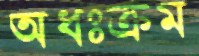
অধঃক্রম